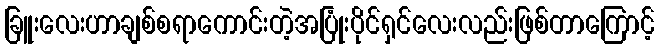
ခြူးလေးဟာချစ်စရာကောင်းတဲ့အပြုံးပိုင်ရှင်လေးလည်းဖြစ်တာကြောင့်